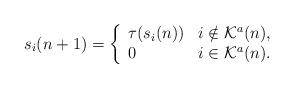
LaTeX: \begin{align*} s_i(n+1)=\left \{ \begin{array}{lll}\tau(s_i(n)) & i \notin \mathcal{K}^a(n), \\0 & i \in \mathcal{K}^a(n). \\\end{array} \right .\end{align*}